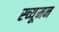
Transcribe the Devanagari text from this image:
स्च्यूमन